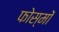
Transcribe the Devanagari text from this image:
फोस्मों